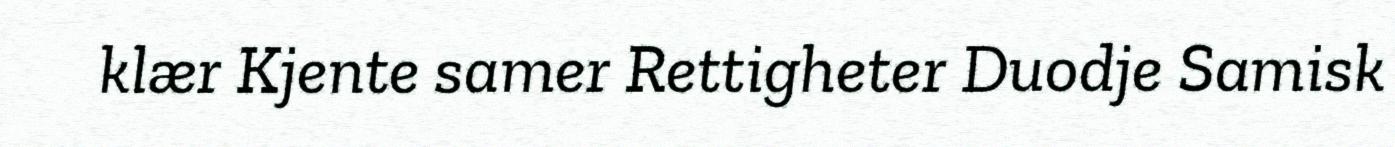
klær Kjente samer Rettigheter Duodje Samisk